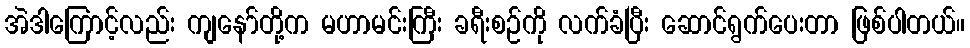
အဲဒါကြောင့်လည်း ကျနော်တို့က မဟာမင်းကြီး ခရီးစဉ်ကို လက်ခံပြီး ဆောင်ရွက်ပေးတာ ဖြစ်ပါတယ်။